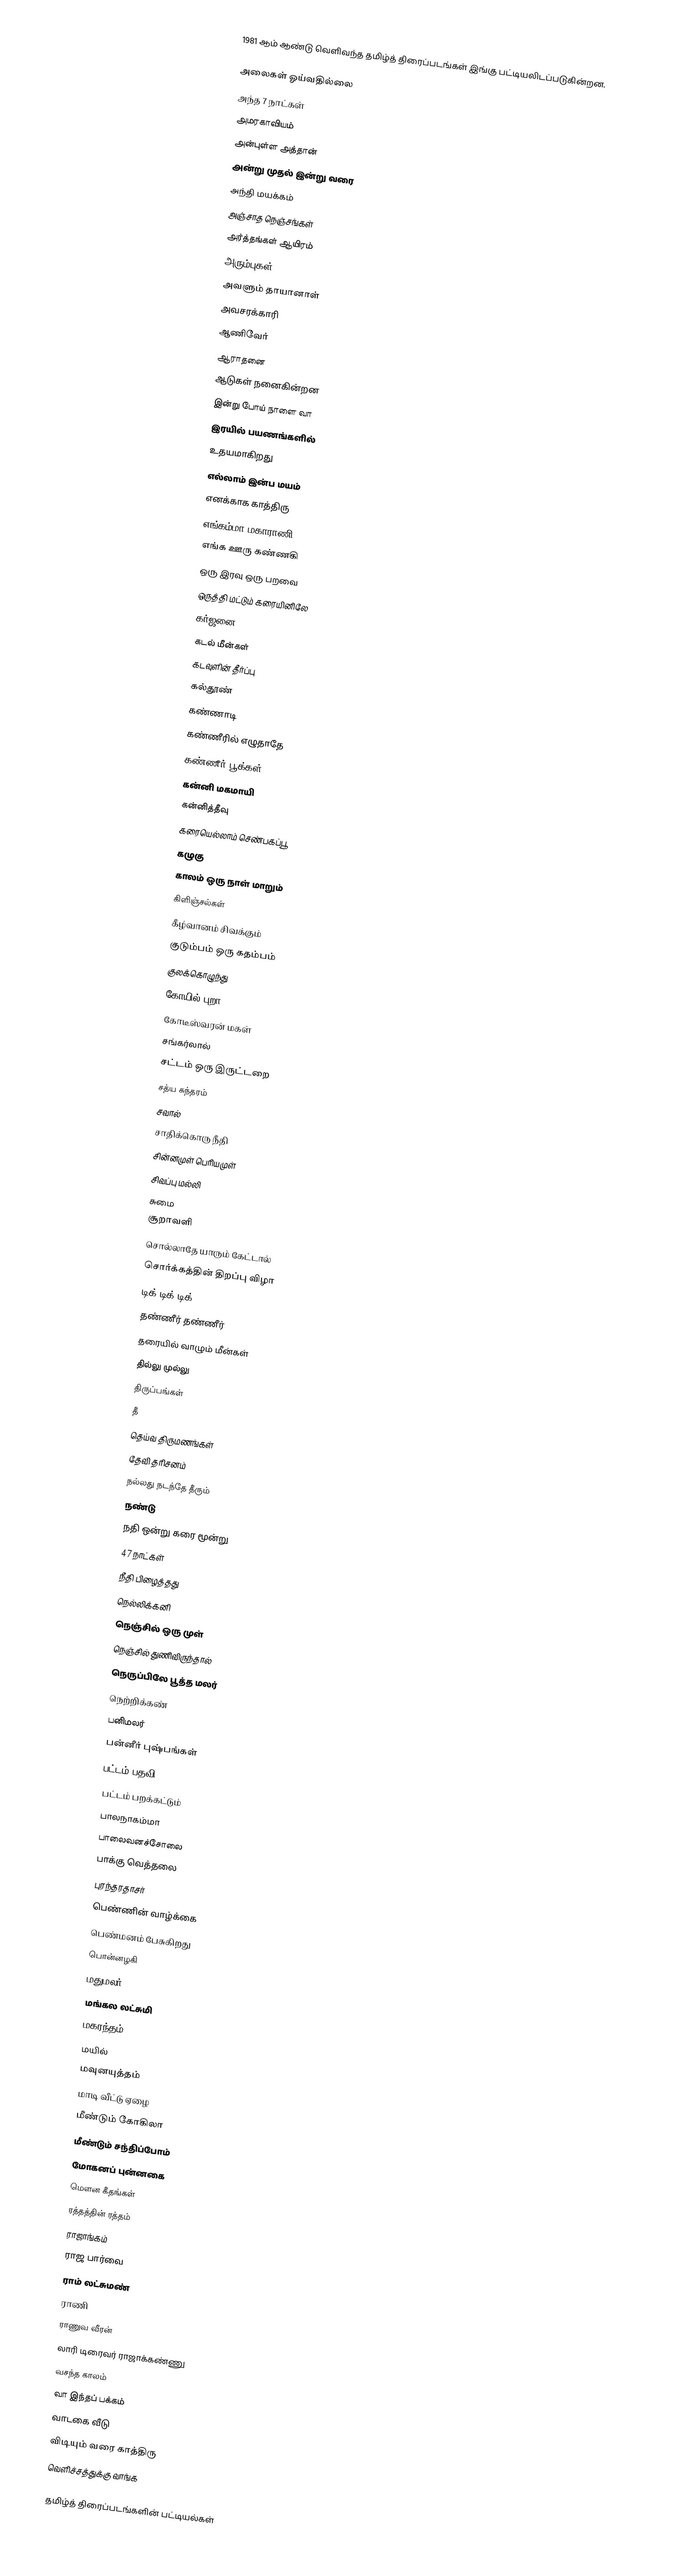
1981 ஆம் ஆண்டு வெளிவந்த தமிழ்த் திரைப்படங்கள் இங்கு பட்டியலிடப்படுகின்றன.

அலைகள் ஓய்வதில்லை
அந்த 7 நாட்கள்
அமரகாவியம்
அன்புள்ள அத்தான்
அன்று முதல் இன்று வரை
அந்தி மயக்கம்
அஞ்சாத நெஞ்சங்கள்
அர்த்தங்கள் ஆயிரம்
அரும்புகள்
அவளும் தாயானாள்
அவசரக்காரி
ஆணிவேர்
ஆராதனை
ஆடுகள் நனைகின்றன
இன்று போய் நாளை வா
இரயில் பயணங்களில்
உதயமாகிறது
எல்லாம் இன்ப மயம்
எனக்காக காத்திரு
எங்கம்மா மகாராணி
எங்க ஊரு கண்ணகி
ஒரு இரவு ஒரு பறவை
ஒருத்தி மட்டும் கரையினிலே
கர்ஜனை
கடல் மீன்கள்
கடவுளின் தீர்ப்பு
கல்தூண்
கண்ணாடி
கண்ணீரில் எழுதாதே
கண்ணீர் பூக்கள்
கன்னி மகமாயி
கன்னித்தீவு
கரையெல்லாம் செண்பகப்பூ
கழுகு
காலம் ஒரு நாள் மாறும்
கிளிஞ்சல்கள்
கீழ்வானம் சிவக்கும்
குடும்பம் ஒரு கதம்பம்
குலக்கொழுந்து
கோயில் புறா
கோடீஸ்வரன் மகள்
சங்கர்லால்
சட்டம் ஒரு இருட்டறை
சத்ய சுந்தரம்
சவால்
சாதிக்கொரு நீதி
சின்னமுள் பெரியமுள்
சிவப்பு மல்லி
சுமை
சூறாவளி
சொல்லாதே யாரும் கேட்டால்
சொர்க்கத்தின் திறப்பு விழா
டிக் டிக் டிக்
தண்ணீர் தண்ணீர்
தரையில் வாழும் மீன்கள்
தில்லு முல்லு
திருப்பங்கள்
தீ
தெய்வ திருமணங்கள்
தேவி தரிசனம்
நல்லது நடந்தே தீரும்
நண்டு
நதி ஒன்று கரை மூன்று
47 நாட்கள்
நீதி பிழைத்தது
நெல்லிக்கனி
நெஞ்சில் ஒரு முள்
நெஞ்சில் துணிவிருந்தால்
நெருப்பிலே பூத்த மலர்
நெற்றிக்கண்
பனிமலர்
பன்னீர் புஷ்பங்கள்
பட்டம் பதவி
பட்டம் பறக்கட்டும்
பாலநாகம்மா
பாலைவனச்சோலை
பாக்கு வெத்தலை
புரந்தரதாசர்
பெண்ணின் வாழ்க்கை
பெண்மனம் பேசுகிறது
பொன்னழகி
மதுமலர்
மங்கல லட்சுமி
மகரந்தம்
மயில்
மவுனயுத்தம்
மாடி வீட்டு ஏழை
மீண்டும் கோகிலா
மீண்டும் சந்திப்போம்
மோகனப் புன்னகை
மௌன கீதங்கள்
ரத்தத்தின் ரத்தம்
ராஜாங்கம்
ராஜ பார்வை
ராம் லட்சுமண்
ராணி
ராணுவ வீரன்
லாரி டிரைவர் ராஜாக்கண்ணு
வசந்த காலம்
வா இந்தப் பக்கம்
வாடகை வீடு
விடியும் வரை காத்திரு
வெளிச்சத்துக்கு வாங்க

தமிழ்த் திரைப்படங்களின் பட்டியல்கள்